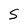
Character: S